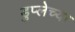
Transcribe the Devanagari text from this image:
डुप्लेच्या